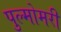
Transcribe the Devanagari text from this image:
पुल्मोमरी